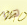
هذا